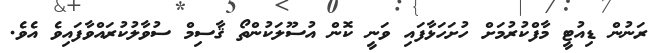
ރަނުން ޑިއުޓީ މާފްކުރުމަށް ހުށަހަޅާފައި ވަނީ ކޮން އުސޫލަކުންތޯ ޤާސިމް ސުވާލުކުރައްވާފައިވެ އެވެ.